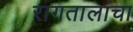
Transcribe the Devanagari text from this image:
रागतालांचा